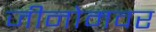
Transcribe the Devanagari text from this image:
जीनोमवर